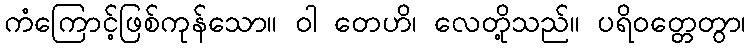
ကံကြောင့်ဖြစ်ကုန်သော။ ဝါ တေဟိ၊ လေတို့သည်။ ပရိဝတ္တေတွာ၊